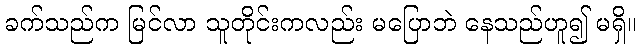
ခက်သည်က မြင်လာ သူတိုင်းကလည်း မပြောဘဲ နေသည်ဟူ၍ မရှိ။